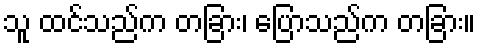
သူ ထင်သည်က တခြား၊ ပြောသည်က တခြား။